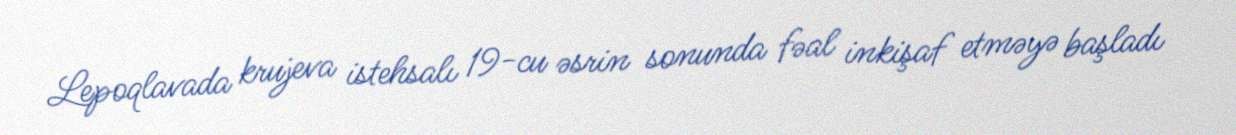
Lepoqlavada krujeva istehsalı 19-cu əsrin sonunda fəal inkişaf etməyə başladı